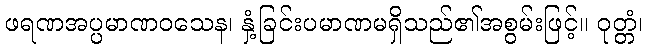
ဖရဏအပ္ပမာဏဝသေန၊ နှံ့ခြင်းပမာဏမရှိသည်၏အစွမ်းဖြင့်။ ဝုတ္တံ၊